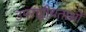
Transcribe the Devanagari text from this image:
उपराष्ट्रीयताओं